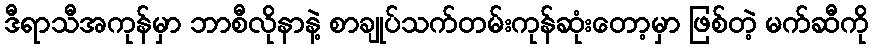
ဒီရာသီအကုန်မှာ ဘာစီလိုနာနဲ့ စာချုပ်သက်တမ်းကုန်ဆုံးတော့မှာ ဖြစ်တဲ့ မက်ဆီကို